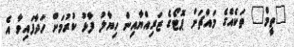
"ތީމް" ތަކެއްގެ މައްޗަށް ޕޮޓޯގެ ޒަރިއްޔާއިން ހިޔާލު ފާޅު ކުރުމަށް ހަދާފައިވާ އެ